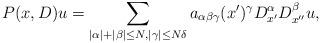
LaTeX: \begin{align*}P(x,D)u=\sum_{|\alpha|+|\beta| \le N, |\gamma|\le N \delta} a_{\alpha\beta\gamma} (x' )^\gamma D^\alpha_{x'} D^\beta_{x''}u, \end{align*}